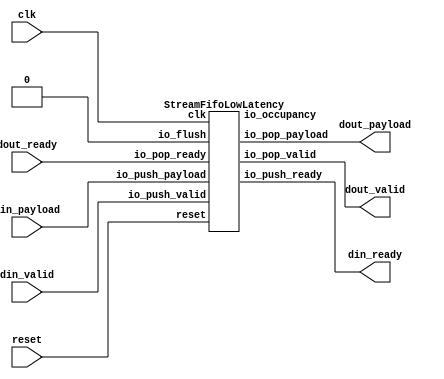
// Generator : SpinalHDL v1.7.2    git head : 08fc866bebdc40c471ebe327bface63e34406489
// Component : StreamFifo_2
// Git hash  : 23d564a3e9d4d768c2cb1641ec7dc2becc0d2602

`timescale 1ns/1ps

module StreamFifo_2 (
  input               din_valid,
  output              din_ready,
  input      [7:0]    din_payload,
  output              dout_valid,
  input               dout_ready,
  output     [7:0]    dout_payload,
  input               clk,
  input               reset
);

  wire                din_fifo_io_push_ready;
  wire                din_fifo_io_pop_valid;
  wire       [7:0]    din_fifo_io_pop_payload;
  wire       [4:0]    din_fifo_io_occupancy;

  StreamFifoLowLatency din_fifo (
    .io_push_valid   (din_valid                   ), //i
    .io_push_ready   (din_fifo_io_push_ready      ), //o
    .io_push_payload (din_payload[7:0]            ), //i
    .io_pop_valid    (din_fifo_io_pop_valid       ), //o
    .io_pop_ready    (dout_ready                  ), //i
    .io_pop_payload  (din_fifo_io_pop_payload[7:0]), //o
    .io_flush        (1'b0                        ), //i
    .io_occupancy    (din_fifo_io_occupancy[4:0]  ), //o
    .clk             (clk                         ), //i
    .reset           (reset                       )  //i
  );
  assign din_ready = din_fifo_io_push_ready;
  assign dout_valid = din_fifo_io_pop_valid;
  assign dout_payload = din_fifo_io_pop_payload;

endmodule

module StreamFifoLowLatency (
  input               io_push_valid,
  output              io_push_ready,
  input      [7:0]    io_push_payload,
  output reg          io_pop_valid,
  input               io_pop_ready,
  output reg [7:0]    io_pop_payload,
  input               io_flush,
  output     [4:0]    io_occupancy,
  input               clk,
  input               reset
);

  wire       [7:0]    _zz_ram_port0;
  wire       [3:0]    _zz_pushPtr_valueNext;
  wire       [0:0]    _zz_pushPtr_valueNext_1;
  wire       [3:0]    _zz_popPtr_valueNext;
  wire       [0:0]    _zz_popPtr_valueNext_1;
  wire       [7:0]    _zz_ram_port;
  reg                 _zz_1;
  reg                 pushPtr_willIncrement;
  reg                 pushPtr_willClear;
  reg        [3:0]    pushPtr_valueNext;
  reg        [3:0]    pushPtr_value;
  wire                pushPtr_willOverflowIfInc;
  wire                pushPtr_willOverflow;
  reg                 popPtr_willIncrement;
  reg                 popPtr_willClear;
  reg        [3:0]    popPtr_valueNext;
  reg        [3:0]    popPtr_value;
  wire                popPtr_willOverflowIfInc;
  wire                popPtr_willOverflow;
  wire                ptrMatch;
  reg                 risingOccupancy;
  wire                empty;
  wire                full;
  wire                pushing;
  wire                popping;
  wire       [7:0]    readed;
  wire                when_Stream_l1178;
  wire                when_Stream_l1191;
  wire       [3:0]    ptrDif;
  (* ram_style = "distributed" *) reg [7:0] ram [0:15];

  assign _zz_pushPtr_valueNext_1 = pushPtr_willIncrement;
  assign _zz_pushPtr_valueNext = {3'd0, _zz_pushPtr_valueNext_1};
  assign _zz_popPtr_valueNext_1 = popPtr_willIncrement;
  assign _zz_popPtr_valueNext = {3'd0, _zz_popPtr_valueNext_1};
  assign _zz_ram_port = io_push_payload;
  assign _zz_ram_port0 = ram[popPtr_value];
  always @(posedge clk) begin
    if(_zz_1) begin
      ram[pushPtr_value] <= _zz_ram_port;
    end
  end

  always @(*) begin
    _zz_1 = 1'b0;
    if(pushing) begin
      _zz_1 = 1'b1;
    end
  end

  always @(*) begin
    pushPtr_willIncrement = 1'b0;
    if(pushing) begin
      pushPtr_willIncrement = 1'b1;
    end
  end

  always @(*) begin
    pushPtr_willClear = 1'b0;
    if(io_flush) begin
      pushPtr_willClear = 1'b1;
    end
  end

  assign pushPtr_willOverflowIfInc = (pushPtr_value == 4'b1111);
  assign pushPtr_willOverflow = (pushPtr_willOverflowIfInc && pushPtr_willIncrement);
  always @(*) begin
    pushPtr_valueNext = (pushPtr_value + _zz_pushPtr_valueNext);
    if(pushPtr_willClear) begin
      pushPtr_valueNext = 4'b0000;
    end
  end

  always @(*) begin
    popPtr_willIncrement = 1'b0;
    if(popping) begin
      popPtr_willIncrement = 1'b1;
    end
  end

  always @(*) begin
    popPtr_willClear = 1'b0;
    if(io_flush) begin
      popPtr_willClear = 1'b1;
    end
  end

  assign popPtr_willOverflowIfInc = (popPtr_value == 4'b1111);
  assign popPtr_willOverflow = (popPtr_willOverflowIfInc && popPtr_willIncrement);
  always @(*) begin
    popPtr_valueNext = (popPtr_value + _zz_popPtr_valueNext);
    if(popPtr_willClear) begin
      popPtr_valueNext = 4'b0000;
    end
  end

  assign ptrMatch = (pushPtr_value == popPtr_value);
  assign empty = (ptrMatch && (! risingOccupancy));
  assign full = (ptrMatch && risingOccupancy);
  assign pushing = (io_push_valid && io_push_ready);
  assign popping = (io_pop_valid && io_pop_ready);
  assign io_push_ready = (! full);
  assign readed = _zz_ram_port0;
  assign when_Stream_l1178 = (! empty);
  always @(*) begin
    if(when_Stream_l1178) begin
      io_pop_valid = 1'b1;
    end else begin
      io_pop_valid = io_push_valid;
    end
  end

  always @(*) begin
    if(when_Stream_l1178) begin
      io_pop_payload = readed;
    end else begin
      io_pop_payload = io_push_payload;
    end
  end

  assign when_Stream_l1191 = (pushing != popping);
  assign ptrDif = (pushPtr_value - popPtr_value);
  assign io_occupancy = {(risingOccupancy && ptrMatch),ptrDif};
  always @(posedge clk or posedge reset) begin
    if(reset) begin
      pushPtr_value <= 4'b0000;
      popPtr_value <= 4'b0000;
      risingOccupancy <= 1'b0;
    end else begin
      pushPtr_value <= pushPtr_valueNext;
      popPtr_value <= popPtr_valueNext;
      if(when_Stream_l1191) begin
        risingOccupancy <= pushing;
      end
      if(io_flush) begin
        risingOccupancy <= 1'b0;
      end
    end
  end


endmodule